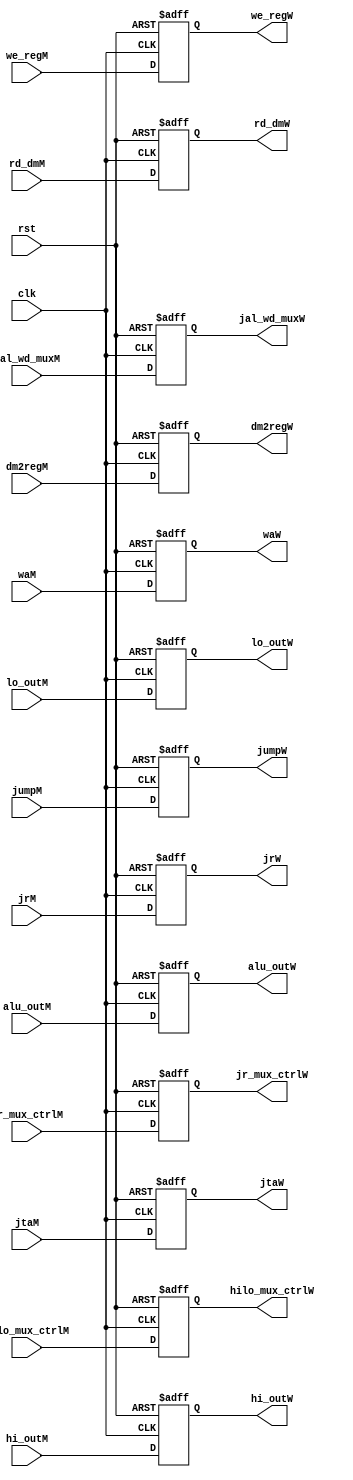
`timescale 1ns / 1ps
//////////////////////////////////////////////////////////////////////////////////
// Company: 
// Engineer: 
// 
// Design Name: 
// Module Name: D_Stage_Reg
// Project Name: 
// Target Devices: 
// Tool Versions: 
// Description: 
// 
// Dependencies: 
// 
// Revision:
// Revision 0.01 - File Created
// Additional Comments:
// 
//////////////////////////////////////////////////////////////////////////////////


module W_Stage_Reg(
    input        clk, rst,
    input        jr_mux_ctrlM,
    input        jumpM,
    input [1:0]  hilo_mux_ctrlM,
    input        dm2regM,
    input        we_regM,

    input [31:0] alu_outM,

    input [31:0] rd_dmM,

    input [31:0] hi_outM,
    input [31:0] lo_outM,
    
    input [31:0] jrM,
    input [4:0]  waM,
    input [31:0] jtaM,
    input        jal_wd_muxM,

    output reg        jr_mux_ctrlW,
    output reg        jumpW,
    output reg [1:0]  hilo_mux_ctrlW,
    output reg        dm2regW,
    output reg        we_regW,

    output reg [31:0] alu_outW,

    output reg [31:0] rd_dmW,

    output reg [31:0] hi_outW,
    output reg [31:0] lo_outW,
    output reg        jal_wd_muxW,

    output reg [31:0] jrW,
    output reg [4:0]  waW,
    output reg [31:0] jtaW
    );
always @ (negedge clk, posedge rst) begin
    if (rst) begin
        jr_mux_ctrlW   <= 0;
        jumpW          <= 0;
        hilo_mux_ctrlW <= 0;
        dm2regW        <= 0;
        we_regW        <= 0;

        alu_outW       <= 0;
        jal_wd_muxW    <= 0;
        rd_dmW         <= 0;

        hi_outW        <= 0;
        lo_outW        <= 0;

        jrW            <= 0;
        waW            <= 0;
        jtaW           <= 0;
    end

    else begin
        jr_mux_ctrlW   <= jr_mux_ctrlM;
        jumpW          <= jumpM;
        hilo_mux_ctrlW <= hilo_mux_ctrlM;
        dm2regW        <= dm2regM;
        we_regW        <= we_regM;

        alu_outW       <= alu_outM;
        
        rd_dmW         <= rd_dmM;

        hi_outW        <= hi_outM;
        lo_outW        <= lo_outM;

        jrW            <= jrM;
        waW            <= waM;
        
        jtaW           <= jtaM;
        
        jal_wd_muxW    <= jal_wd_muxM;
    end
end
endmodule